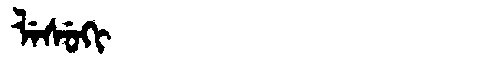
Manchu: ᠯᡝᠰᡠᡴᡳ
Romanization: LESUKI